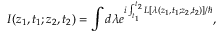
I ( z _ { 1 } , t _ { 1 } ; z _ { 2 } , t _ { 2 } ) = \int d \lambda e ^ { i \int _ { t _ { 1 } } ^ { t _ { 2 } } { \cal { L } } [ \lambda ( z _ { 1 } , t _ { 1 } ; z _ { 2 } , t _ { 2 } ) ] / \hbar } ,